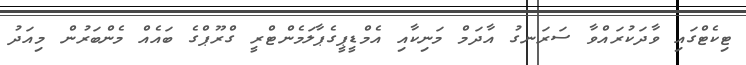
ޓިކެޓްގައި ވާދަކުރައްވާ ސަރަނގު އާދަމް މަނިކާއި އެމްޑީޕީގެޕާލަމެންޓްރީ ގްރޫޕްގެ ބައެއް މެންބަރުން މިއަދު